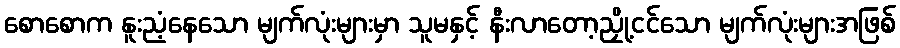
စောစောက နူးညံ့နေသော မျက်လုံးများမှာ သူမနှင့် နီးလာတော့ညှို့ငင်သော မျက်လုံးများအဖြစ်